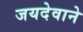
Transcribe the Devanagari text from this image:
जयदेवाने